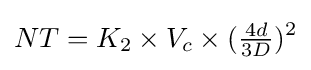
NT=K_{2}\times V_{c}\times ({\tfrac {4d}{3D}})^{2}